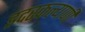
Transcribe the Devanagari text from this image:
इदरकल्याणी